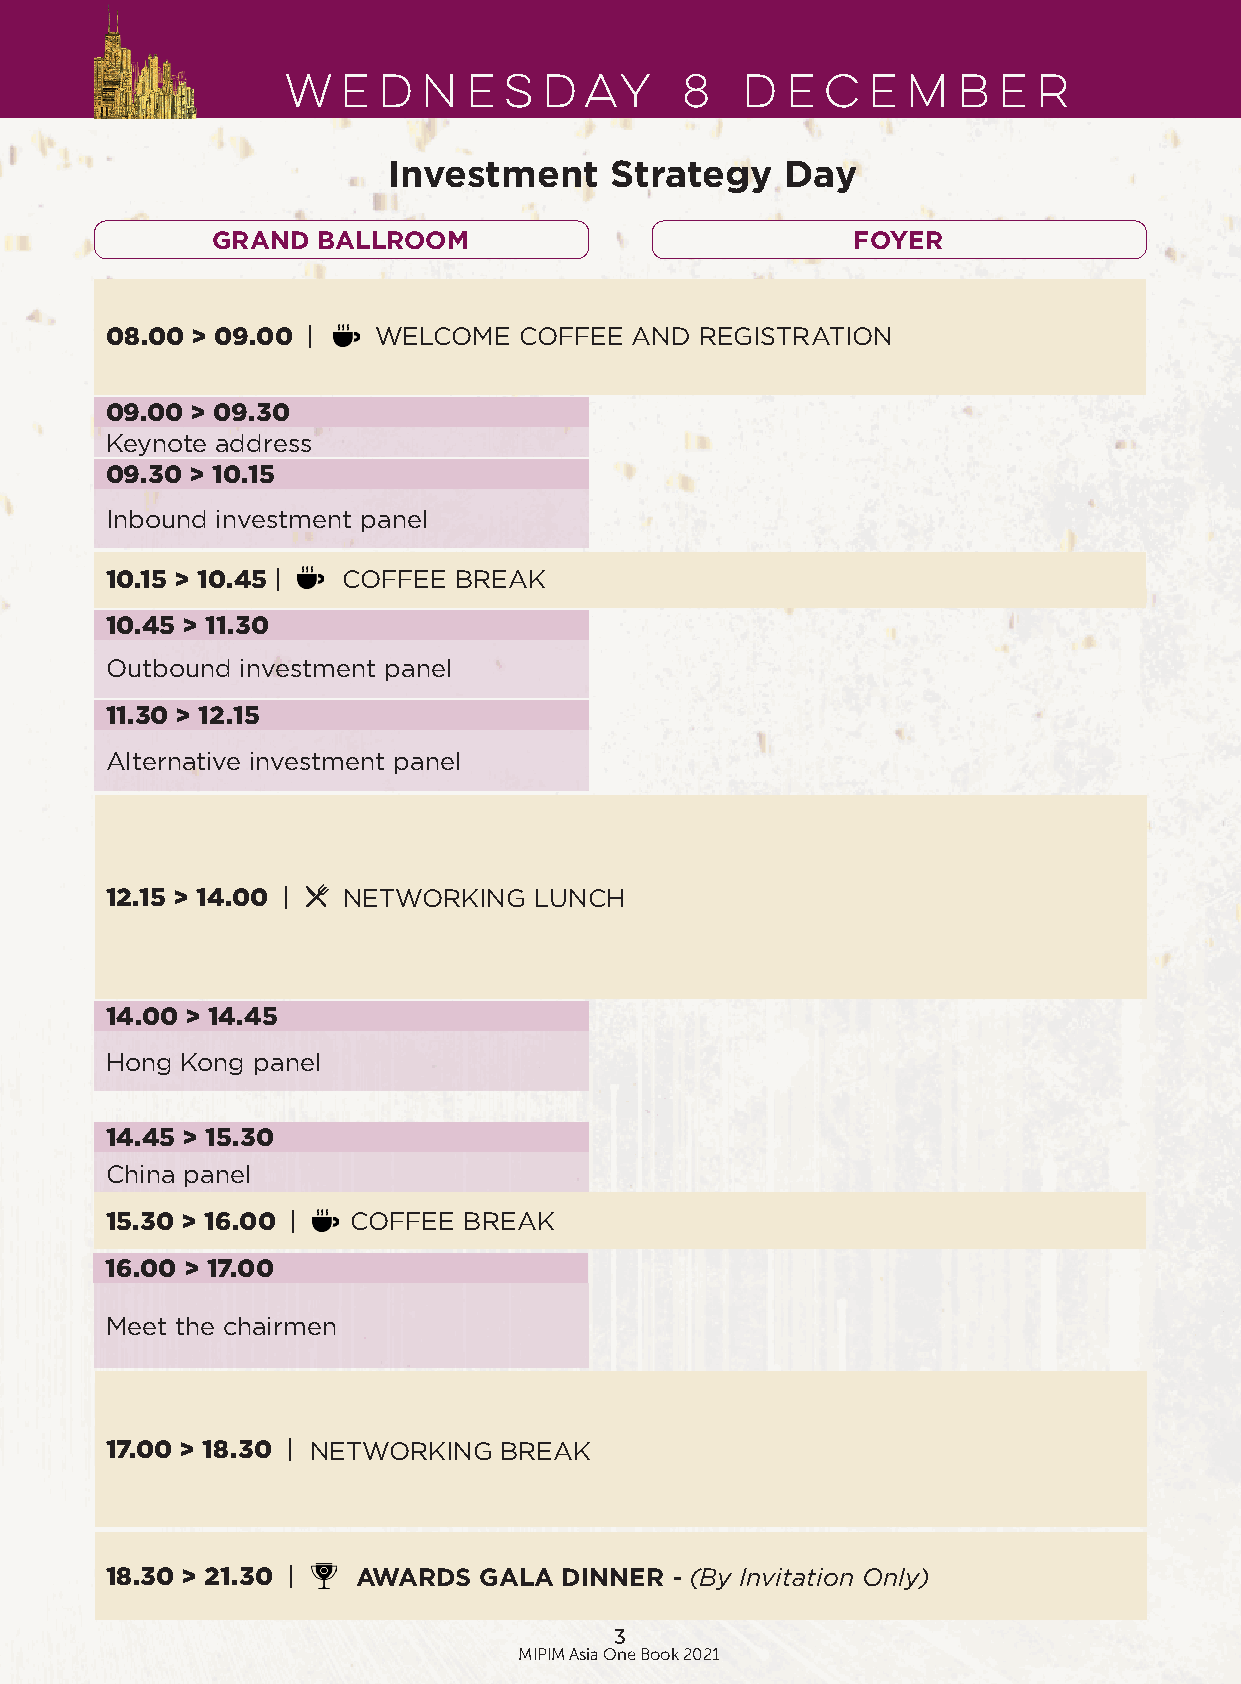
WEDNESDAY                 8   DECEMBER
 Investment    Strategy    Day
 GRAND  BALLROOM                           FOYER
 08.00 > 09.00 |   WELCOME  COFFEE  AND REGISTRATION
 09.00 > 09.30
 Keynote address
 09.30 > 10.15
 Inbound investment panel
 10.15 > 10.45 | COFFEE BREAK
 10.45 > 11.30
 Outbound investment panel
 11.30 > 12.15
 Alternative investment panel
 12.15 > 14.00 | NETWORKING  LUNCH
 14.00 > 14.45
 Hong Kong panel
 14.45 > 15.30
 China panel
 15.30 > 16.00 | COFFEE  BREAK
 16.00 > 17.00
 Meet the chairmen
 17.00 > 18.30 | NETWORKING BREAK
 18.30 > 21.30 |  AWARDS  GALA DINNER - (By Invitation Only)
 3
 MIPIM Asia One Book 2021